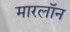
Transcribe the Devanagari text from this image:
मारलॉन